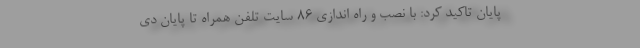
پایان تاکید کرد: با نصب و راه اندازی ۸۶ سایت تلفن همراه تا پایان دی